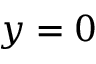
y = 0